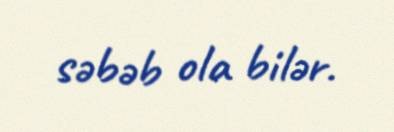
səbəb ola bilər.